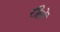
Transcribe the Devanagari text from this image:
रीलें